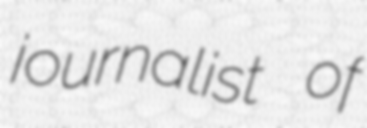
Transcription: journalist of